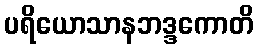
ပရိယောသာနဘဒ္ဒကောတိ